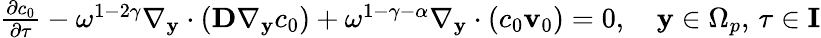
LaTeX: \begin{array}{r}{\frac{\partial c_{0}}{\partial\tau}-\omega^{1-2\gamma}\nabla_{\mathbf y}\cdot(\textbf{D}\nabla_{\mathbf y}c_{0})+\omega^{1-\gamma-\alpha}\nabla_{\mathbf y}\cdot(c_{0}\mathbf v_{0})=0,\quad\mathbf y\in\Omega_{p},\, \tau\in\textbf{I}}\end{array}